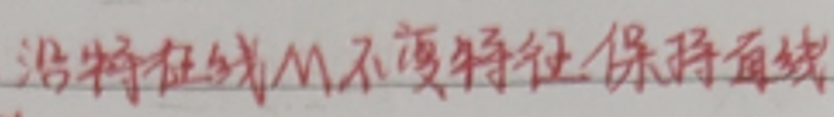
沿将红线M不变方向保持直线